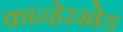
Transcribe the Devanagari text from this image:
कान्हेरखेड